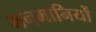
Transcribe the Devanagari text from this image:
मनमानियों